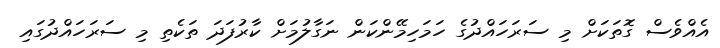
އެއްވެސް ގޮތަކަށް މި ސަރަހައްދުގެ ހަމަހިމޭންކަން ނަގާލުމަށް ކާރުފަދަ ތަކެތި މި ސަރަހައްދުގައި